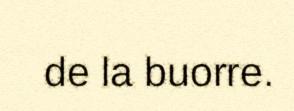
de la buorre.